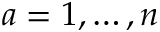
a = 1 , \ldots , n